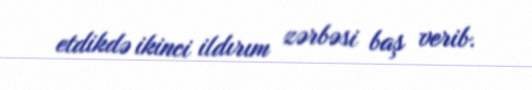
etdikdə ikinci ildırım zərbəsi baş verib.